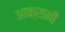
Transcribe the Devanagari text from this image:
आक्रामी